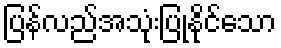
ပြန်လည်အသုံးပြုနိုင်သော